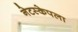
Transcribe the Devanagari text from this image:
नेटस्केपला